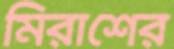
মিরাশের